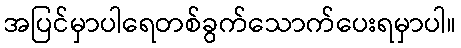
အပြင်မှာပါရေတစ်ခွက်သောက်ပေးရမှာပါ။